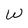
Character: W